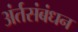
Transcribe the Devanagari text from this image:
अंर्तसंबंधन